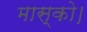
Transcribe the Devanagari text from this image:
मास्को।